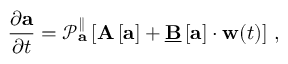
\frac { \partial \mathbf { a } } { \partial t } = \mathcal { P } _ { \mathbf { a } } ^ { \parallel } \left[ \mathbf { A } \left[ \mathbf { a } \right] + \underline { { \mathbf { B } } } \left[ \mathbf { a } \right] \cdot \mathbf { w } ( t ) \right] \, ,